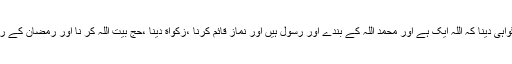
اس بات کی گواہی دینا کہ اللہ ایک ہے اور محمد اللہ کے بندے اور رسول ہیں اور نماز قائم کرنا ،زکواة دینا ،حج بیت اللہ کر نا اور رمضان کے روزے رکھنا ۔